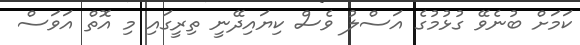
ކަމަށް ބުނެވޭ ގުޅުމުގެ އަސްލު ވެސް ކިޔައިދޭނީ ތިރީގައި މި އޮތް އަވަސް